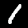
Label: 1